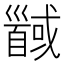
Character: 𱄍